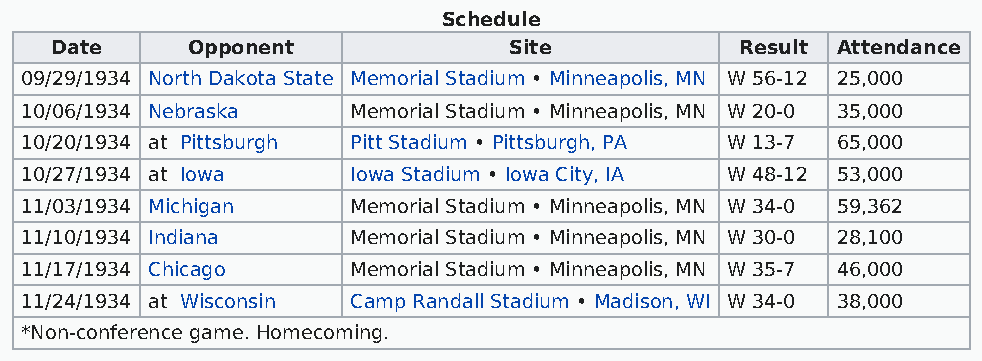
Schedule
 Date     Opponent              Site           Result Attendance
 09/29/1934 North Dakota State Memorial Stadium • Minneapolis, MN W 56-12 25,000
 10/06/1934 Nebraska   Memorial Stadium • Minneapolis, MN W 20-0 35,000
 10/20/1934 at Pittsburgh Pitt Stadium • Pittsburgh, PA W 13-7 65,000
 10/27/1934 at Iowa    Iowa Stadium • Iowa City, IA W 48-12 53,000
 11/03/1934 Michigan   Memorial Stadium • Minneapolis, MN W 34-0 59,362
 11/10/1934 Indiana    Memorial Stadium • Minneapolis, MN W 30-0 28,100
 11/17/1934 Chicago    Memorial Stadium • Minneapolis, MN W 35-7 46,000
 11/24/1934 at Wisconsin Camp Randall Stadium • Madison, WI W 34-0 38,000
 *Non-conference game. Homecoming.